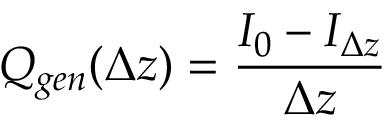
Q _ { g e n } ( \Delta z ) = \frac { I _ { 0 } - I _ { \Delta z } } { \Delta z }